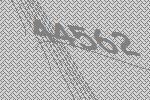
44562